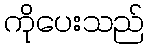
ကိုပေးသည်